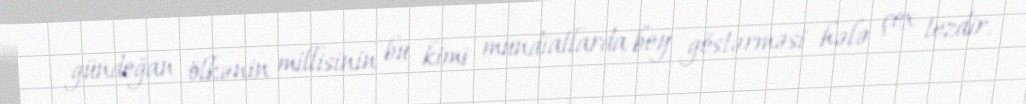
gündoğan ölkənin millisinin bu kimi mundiallarda boy göstərməsi hələ çox tezdir.